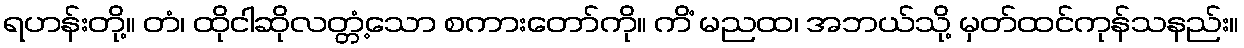
ရဟန်းတို့။ တံ၊ ထိုငါဆိုလတ္တံ့သော စကားတော်ကို။ ကိံ မညထ၊ အဘယ်သို့ မှတ်ထင်ကုန်သနည်း။